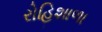
રોહિશાળા